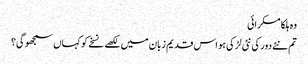
وہ ہلکا مسکرائی
تم نئے دور کی نئی لڑکی ہو اس قدیم زبان میں لکھے نسخے کو کہاں سمجھو گی؟